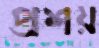
প্রশয়